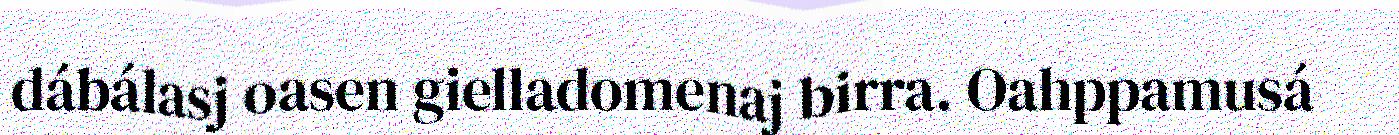
dábálasj oasen gielladomenaj birra. Oahppamusá